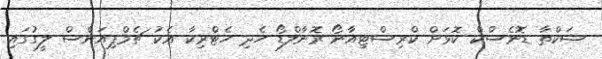
ޝަކްތާ ޑޮނެސްކް ކޮޅަށް ކްރިސްޓިއާނޯ ރޮނާލްޑޯ ހެދި ހެޓްރިކާ އެކު ޗެމްޕިއަންސް ލީގުގައި